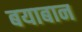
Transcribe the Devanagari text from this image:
बयाबान